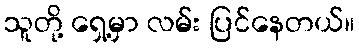
သူတို့ ရှေ့မှာ လမ်း ပြင်နေတယ်။